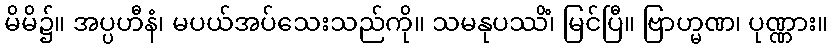
မိမိ၌။ အပ္ပဟီနံ၊ မပယ်အပ်သေးသည်ကို။ သမနုပဿိံ၊ မြင်ပြီ။ ဗြာဟ္မဏ၊ ပုဏ္ဏား။